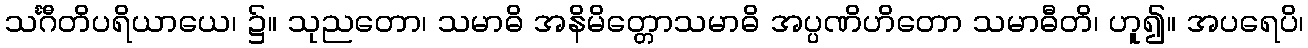
သင်္ဂီတိပရိယာယေ၊ ၌။ သုညတော၊ သမာဓိ အနိမိတ္တောသမာဓိ အပ္ပဏိဟိတော သမာဓီတိ၊ ဟူ၍။ အပရေပိ၊